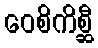
ဝေစိကိစ္ဆီ